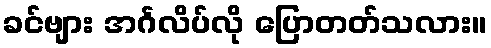
ခင်ဗျား အင်္ဂလိပ်လို ပြောတတ်သလား။